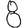
Digit: 8